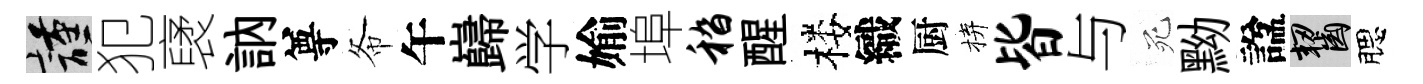
謹犯裦訥尊𢁙午巋学媮埠嵇醒楼織厨拚皆与死黝諡齧腮